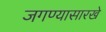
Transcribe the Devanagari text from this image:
जगण्यासारखे